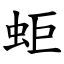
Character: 蚷